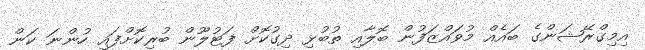
އިމިގްރޭޝަންގެ ބައެއް މުވައްޒަފުން ބޮލާއި ތުބުޅި ދިގުކޮށް ފަޓުލޫން ބުރިކޮށްފައި ހުންނަ ކަން